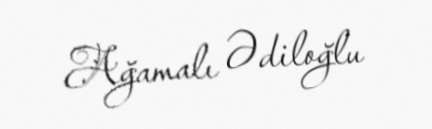
Ağamalı Ədiloğlu